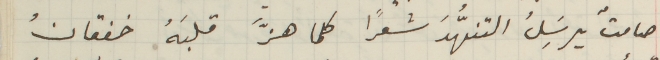
صامتٌ يرسَِلُ التنهُّدَ شعراً كلما هزَّ قلبَهُ خفقانُ